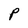
Character: P